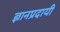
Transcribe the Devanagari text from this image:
ज्ञानप्रदायी